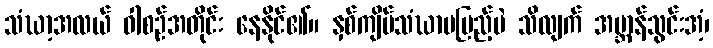
သံဃာ့အလယ် ဝါစဉ်အတိုင်း နေနိုင်၏။ နှစ်ကျိပ်သံဃာမပြည့်ပဲ သိလျက် အဗ္ဘာန်သွင်းအံ့၊